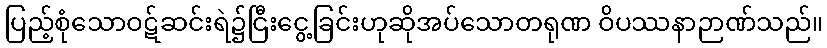
ပြည့်စုံသောဝဋ်ဆင်းရဲ၌ငြီးငွေ့ခြင်းဟုဆိုအပ်သောတရုဏ ဝိပဿနာဉာဏ်သည်။